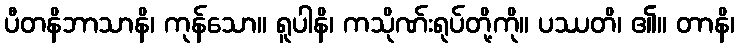
ပီတနိဘာသာနိ၊ ကုန်သော။ ရူပါနိ၊ ကသိုဏ်းရုပ်တို့ကို။ ပဿတိ၊ ၏။ တာနိ၊